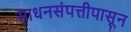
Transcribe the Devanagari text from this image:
साधनसंपत्तीपासून